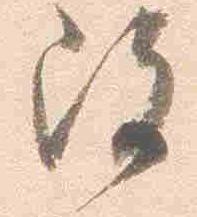
改